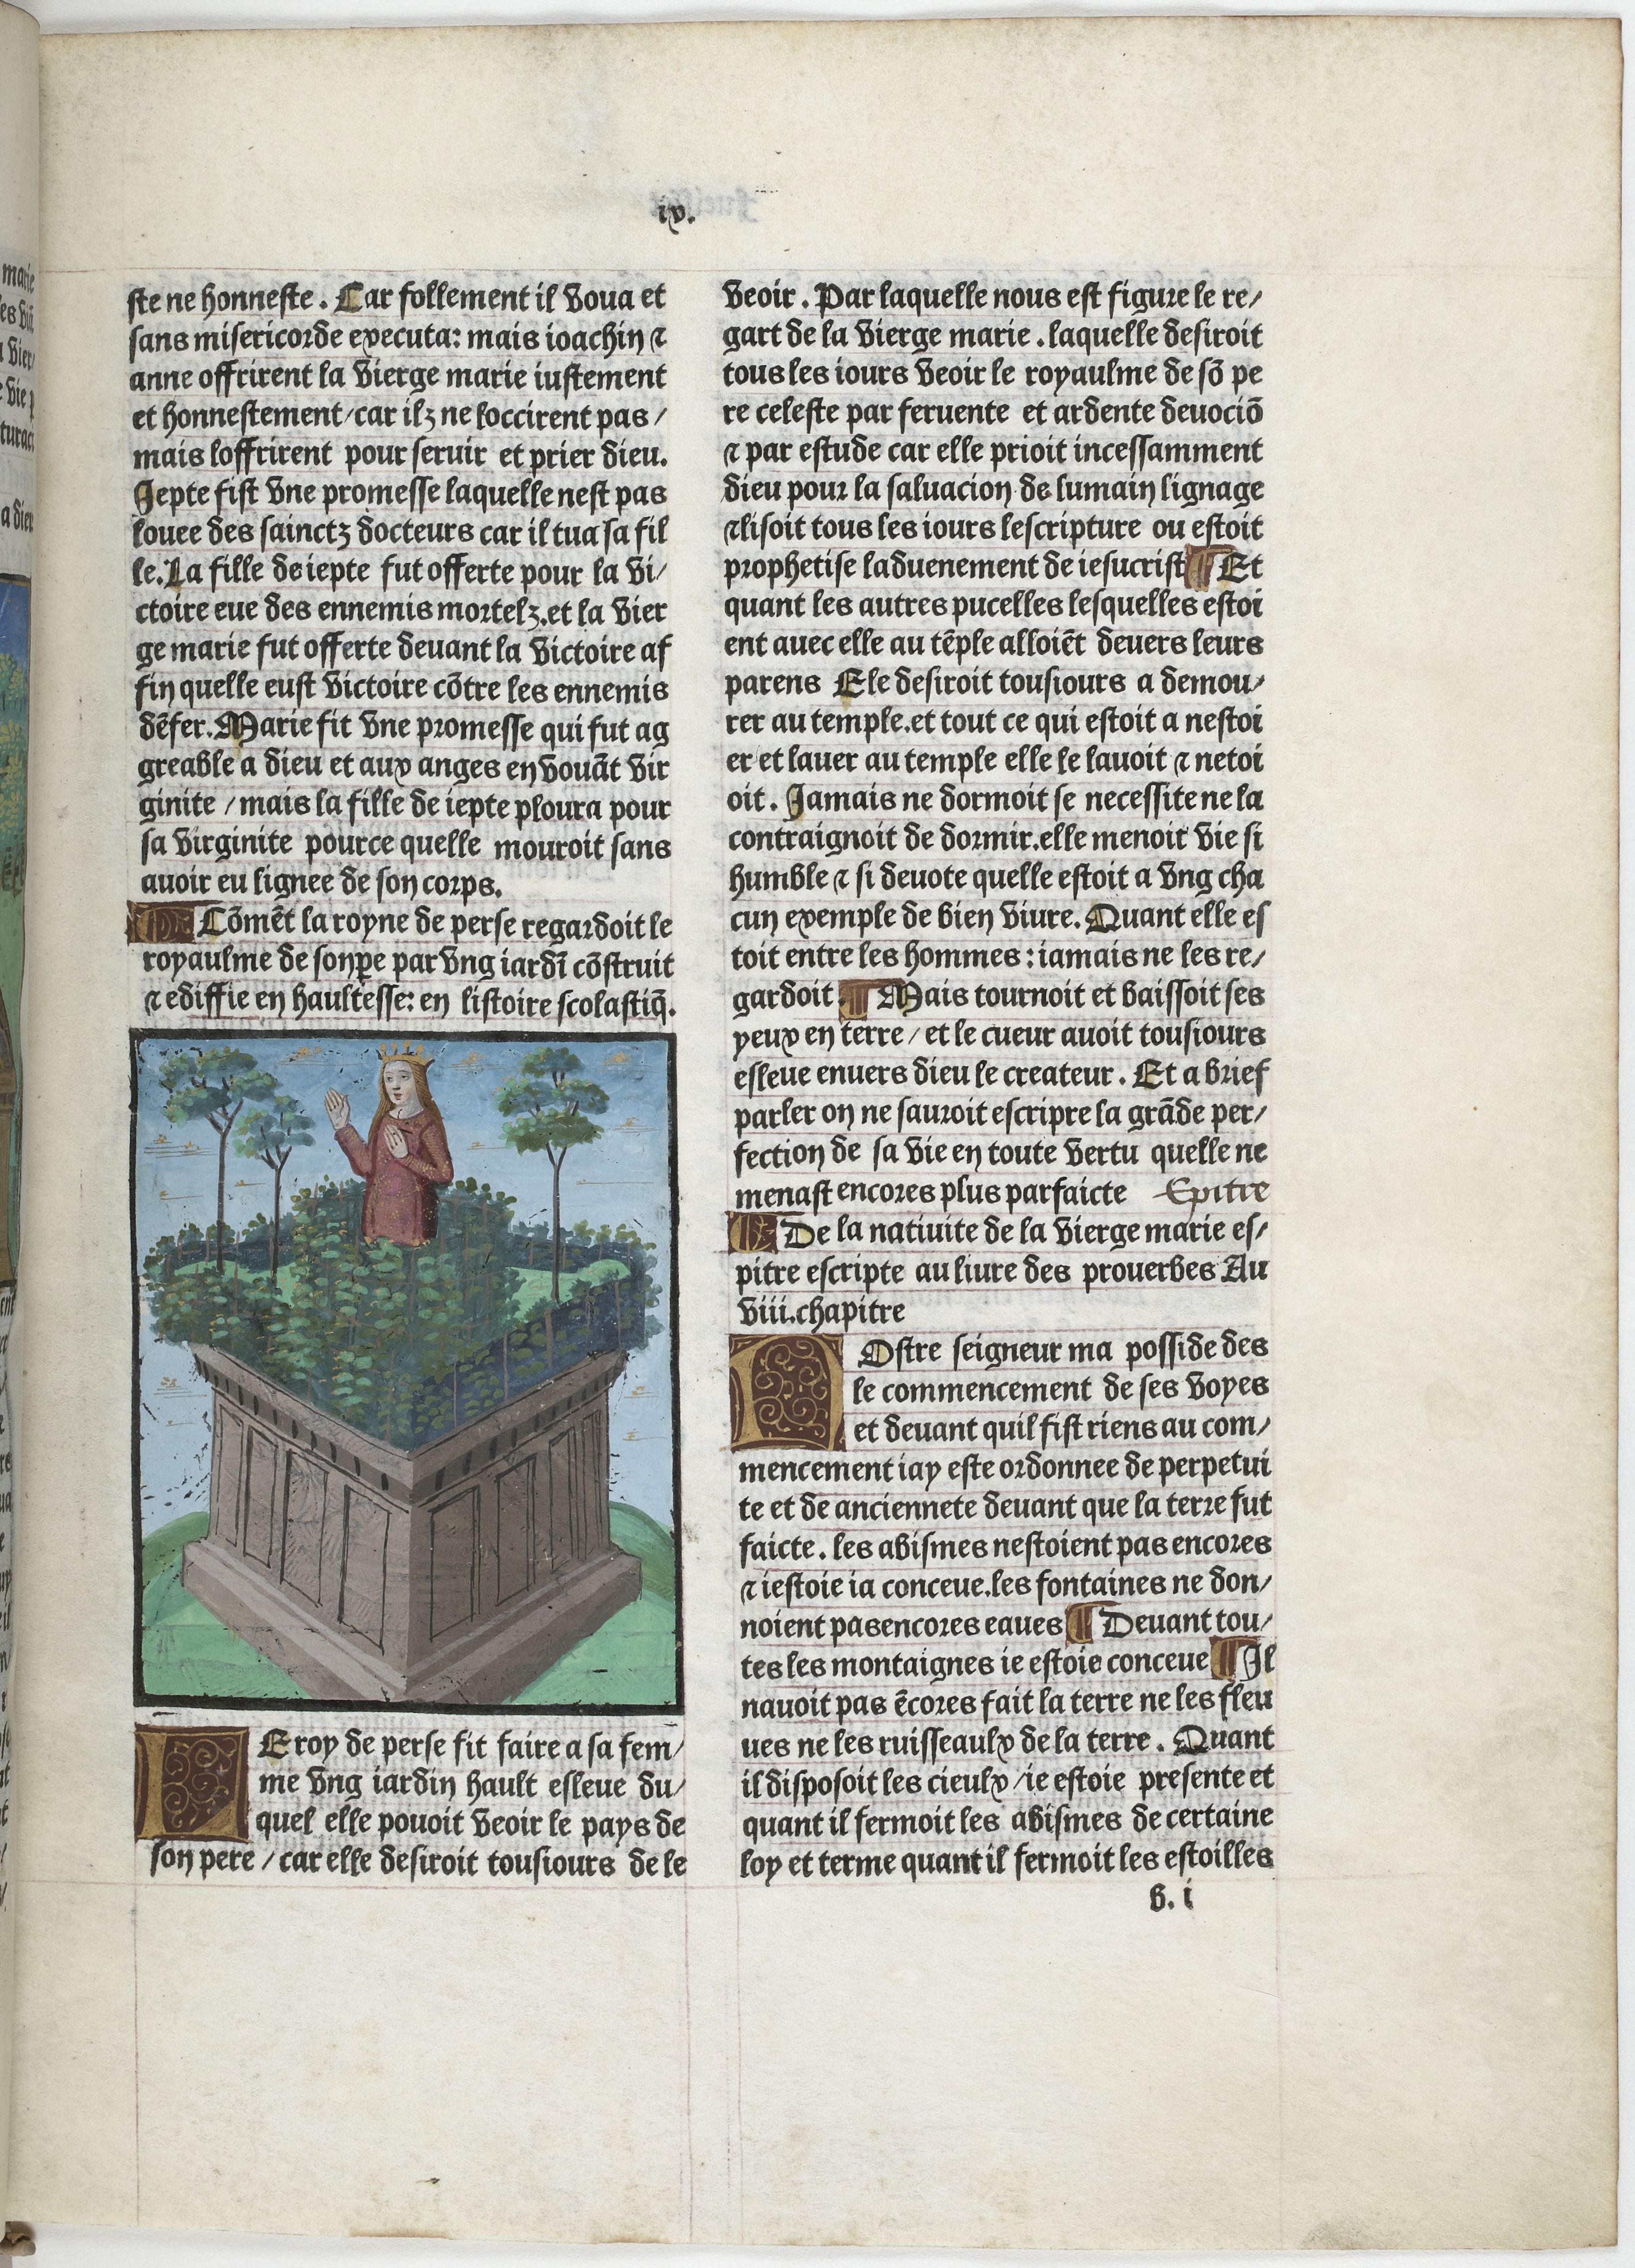
Shelfmark: Paris, BnF, Velins 906
Century: 15